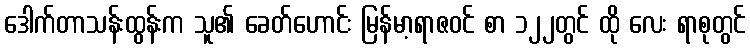
ဒေါက်တာသန်းထွန်းက သူ၏ ခေတ်ဟောင်း မြန်မာ့ရာဇဝင် စာ ၁၂၂တွင် ထို လေး ရာစုတွင်